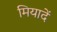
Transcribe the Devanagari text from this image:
मियादें